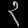
Digit: ၃